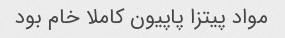
مواد پیتزا پاپیون کاملا خام بود